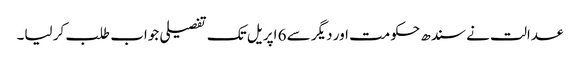
عدالت نے سندھ حکومت اور دیگر سے 6 اپریل تک تفصیلی جواب طلب کر لیا۔